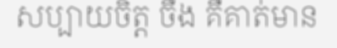
សប្បាយចិត្ត ចឹង គឺគាត់មាន